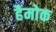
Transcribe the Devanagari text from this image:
हैमोक